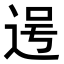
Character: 𮞐